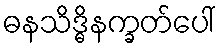
ဓနသိဒ္ဓိနက္ခတ်ပေါ်